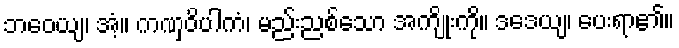
ဘဝေယျ၊ အံ့။ ကဏှဝိပါကံ၊ မည်းညစ်သော အကျိုးကို။ ဒဒေယျ၊ ပေးရာ၏။